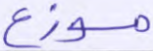
موزع